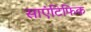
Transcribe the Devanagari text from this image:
साएंटिफिक